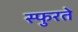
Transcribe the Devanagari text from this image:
स्फुरते